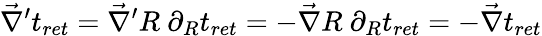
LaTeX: \vec{\nabla}^{\prime}t_{ret}=\vec{\nabla}^{\prime}R~\partial_{R}t_{ret}=-\vec{\nabla}R~\partial_{R}t_{ret}=-\vec{\nabla}t_{ret}